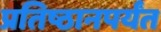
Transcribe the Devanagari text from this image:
प्रतिष्ठानपर्यंत